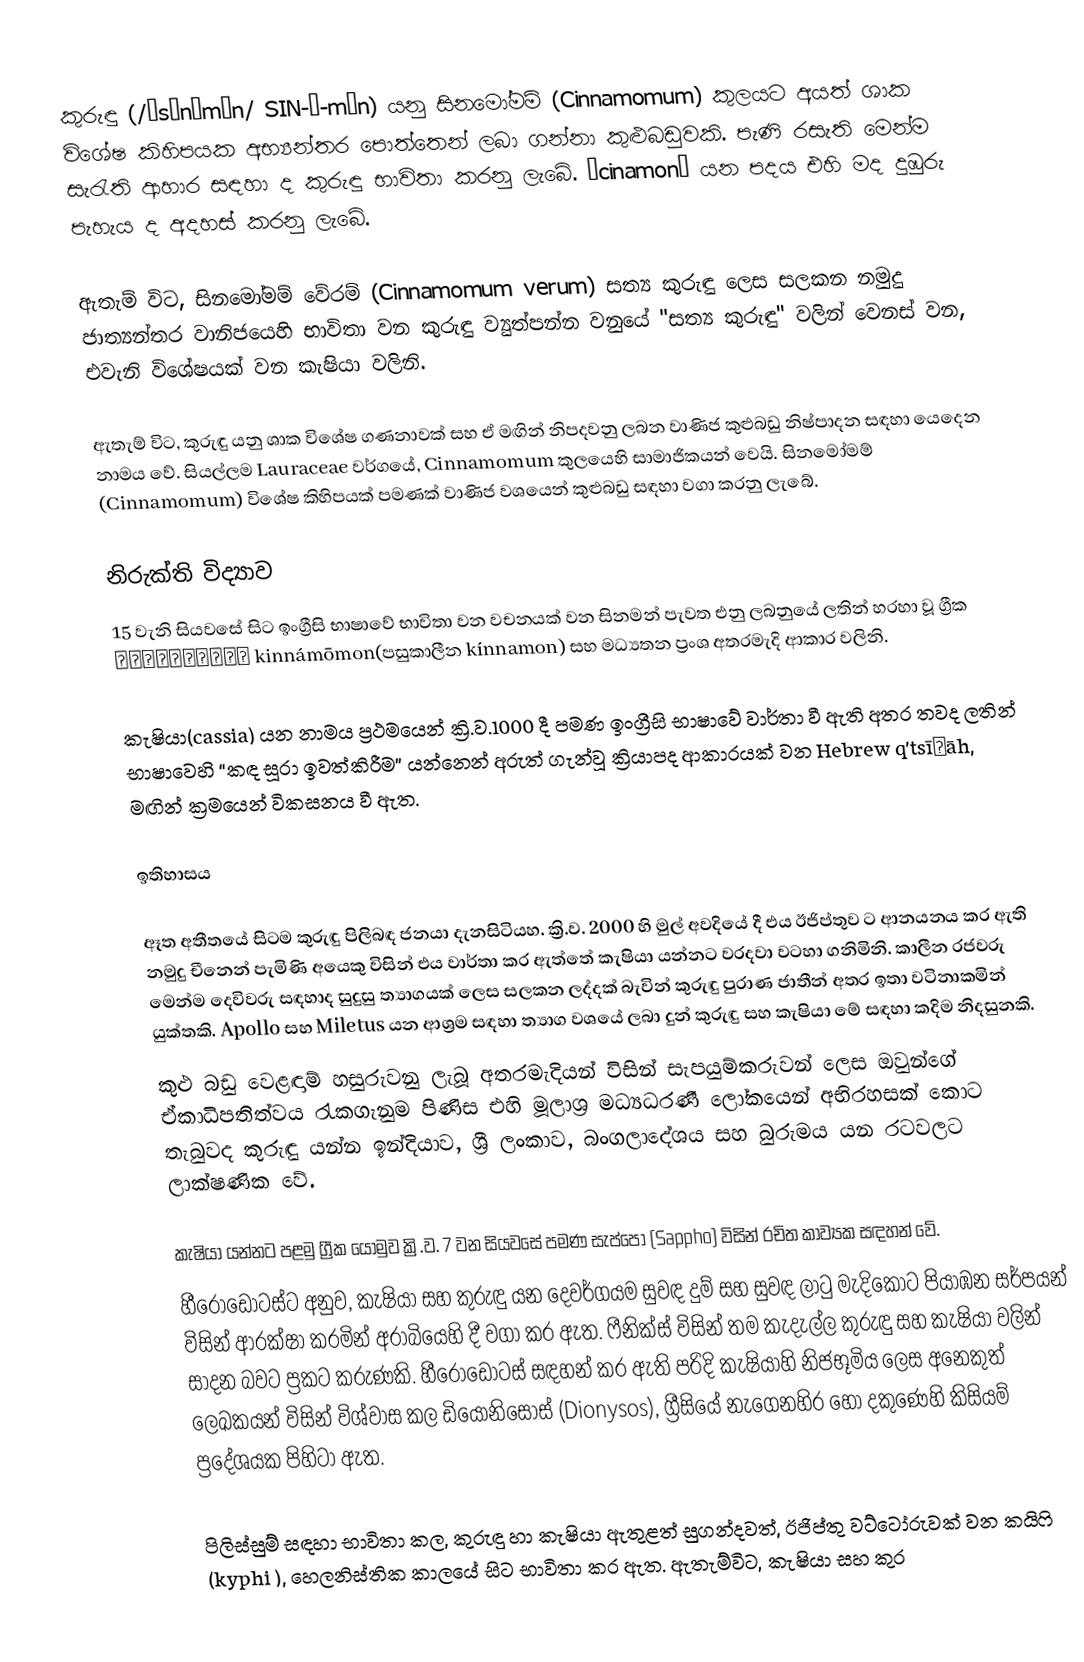
කුරුඳු (/ˈsɪnəmən/ SIN-ə-mən) යනු සිනමෝමම් (Cinnamomum) කුලයට අයත්  ශාක විශේෂ කිහිපයක අභ්‍යන්තර පොත්තෙන් ලබා ගන්නා කුළුබඩුවකි. පැණි රසැති මෙන්ම සැරැති ආහාර සඳහා ද කුරුඳු භාවිතා කරනු ලැබේ. “cinamon” යන පදය එහි මද දුඹුරු පැහැය ද අදහස් කරනු ලැබේ.

ඇතැම් විට, සිනමෝමම් වේරම් (Cinnamomum verum) සත්‍ය කුරුඳු ලෙස සලකන නමුදු ජාත්‍යන්තර වානිජයෙහි භාවිතා වන කුරුඳු ව්‍යුත්පන්න වනුයේ "සත්‍ය කුරුඳු" වලින් වෙනස් වන, එවැනි විශේෂයක් වන කැෂියා වලිනි.

ඇතැම් විට, කුරුඳු යනු ශාක විශේෂ ගණනාවක් සහ ඒ මඟින් නිපදවනු ලබන වාණිජ කුළුබඩු නිෂ්පාදන සඳහා යෙදෙන නාමය වේ. සියල්ලම Lauraceae වර්ගයේ, Cinnamomum කුලයෙහි සාමාජිකයන් වෙයි. සිනමෝමම් (Cinnamomum) විශේෂ  කිහිපයක් පමණක් වාණිජ වශයෙන් කුළුබඩු සඳහා වගා කරනු ලැබේ.

නිරුක්ති විද්‍යාව
15 වැනි සියවසේ සිට ඉංග්‍රීසි භාෂාවේ භාවිතා වන වචනයක් වන සිනමන් පැවත එනු ලබනුයේ ලතින් හරහා වූ ග්‍රීක κιννάμωμον kinnámōmon(පසුකාලීන kínnamon) සහ මධ්‍යතන ප්‍රංශ අතරමැදි ආකාර වලිනි.

කැෂියා(cassia) යන නාමය ප්‍රථමයෙන් ක්‍රි.ව.1000 දී පමණ  ඉංග්‍රීසි භාෂාවේ වාර්තා වී ඇති අතර තවද ලතින් භාෂාවෙහි “කඳ සූරා ඉවත්කිරීම” යන්නෙන් අරුත් ගැන්වූ ක්‍රියාපද ආකාරයක් වන Hebrew q'tsīʿāh, මඟින් ක්‍රමයෙන් විකසනය වී ඇත.

ඉතිහාසය

ඈත අතීතයේ සිටම කුරුඳු පිලිබඳ ජනයා දැනසිටියහ. ක්‍රි.ව. 2000 හි මුල් අවදියේ දී එය ඊජිප්තුව ට ආනයනය කර ඇති නමුදු චීනෙන් පැමිණි අයෙකු විසින් එය වාර්තා කර ඇත්තේ කැෂියා යන්නට වරදවා වටහා ගනිමිනි. කාලීන රජවරු මෙන්ම දෙවිවරු සඳහාද සුදුසු ත්‍යාගයක් ලෙස සලකන ලද්දක් බැවින් කුරුඳු පුරාණ ජාතීන් අතර ඉතා වටිනාකමින් යුක්තකි. Apollo සහ Miletus යන ආශ්‍රම සඳහා ත්‍යාග වශයේ ලබා  දුන් කුරුඳු සහ කැෂියා මේ සඳහා කදිම නිදසුනකි.
කුළු බඩු  වෙළඳාම් හසුරුවනු ලැබූ අතරමැදියන් විසින් සැපයුම්කරුවන් ලෙස ඔවුන්ගේ ඒකාධිපතිත්වය රැකගැනුම පිණිස එහි මූලාශ්‍ර  මධ්‍යධරණී ලෝකයෙන් අභිරහසක් කොට තැබුවද කුරුඳු යන්න ඉන්දියාව, ශ්‍රී ලංකාව, බංගලාදේශය සහ බුරුමය යන රටවලට  ලාක්ෂණික වේ.

කැෂියා යන්නට පළමු ග්‍රීක යොමුව ක්‍රි.ව. 7 වන සියවසේ පමණ සැප්පෝ (Sappho) විසින් රචිත කාව්‍යක සඳහන් වේ.
හීරෝඩෝටස්ට අනුව, කැෂියා සහ කුරුඳු යන දෙවර්ගයම සුවඳ දුම් සහ සුවඳ  ලාටු මැදිකොට පියාඹන සර්පයන් විසින් ආරක්ෂා කරමින් අරාබියෙහි දී වගා කර ඇත. ෆීනික්ස් විසින් තම කැදැල්ල කුරුඳු සහ කැෂියා වලින් සාදන බවට ප්‍රකට කරුණකි. හීරොඩොටස් සඳහන් කර ඇති පරිදි කැෂියාහි නිජභූමිය ලෙස අනෙකුත් ලෙඛකයන් විසින් විශ්වාස කල ඩියොනිසොස් (Dionysos), ග්‍රීසියේ නැගෙනහිර හෝ දකුණෙහි කිසියම් ප්‍රදේශයක පිහිටා ඇත.

පිලිස්සුම් සඳහා භාවිතා කල, කුරුඳු හා කැෂියා ඇතුළත් සුගන්දවත්, ඊජිප්තු වට්ටෝරුවක් වන කයිෆි (kyphi ), හෙලනිස්තික කාලයේ සිට භාවිතා කර ඇත. ඇතැම්විට, කැෂියා සහ කුර